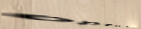
open 24 hours